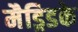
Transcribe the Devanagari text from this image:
मैड्रिडके